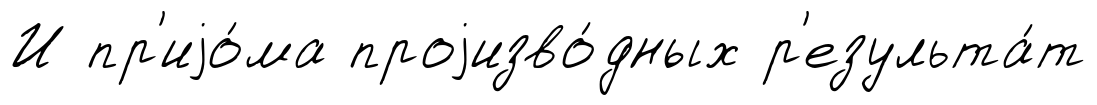
И пр'иjо́ма проjизво́дных р'езульта́т